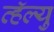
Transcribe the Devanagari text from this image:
व्हॅल्यु